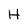
Character: H